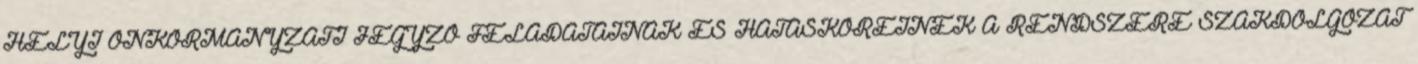
HELYI ÖNKORMÁNYZATI JEGYZŐ FELADATAINAK ÉS HATÁSKÖREINEK A RENDSZERE SZAKDOLGOZAT